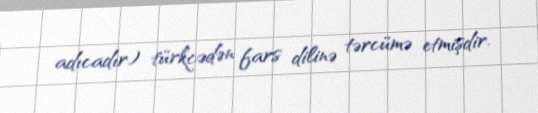
adıcadır) türkcədən fars dilinə tərcümə etmişdir.